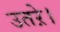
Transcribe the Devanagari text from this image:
उतऱे।